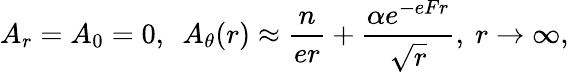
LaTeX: A_{r}=A_{0}=0,~~A_{\theta}(r)\approx{\frac{n}{er}}+{\frac{\alpha e^{-eFr}}{\sqrt r}},~r\to\infty,